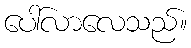
ပေါ်လာလေသည်။